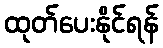
ထုတ်ပေးနိုင်ရန်